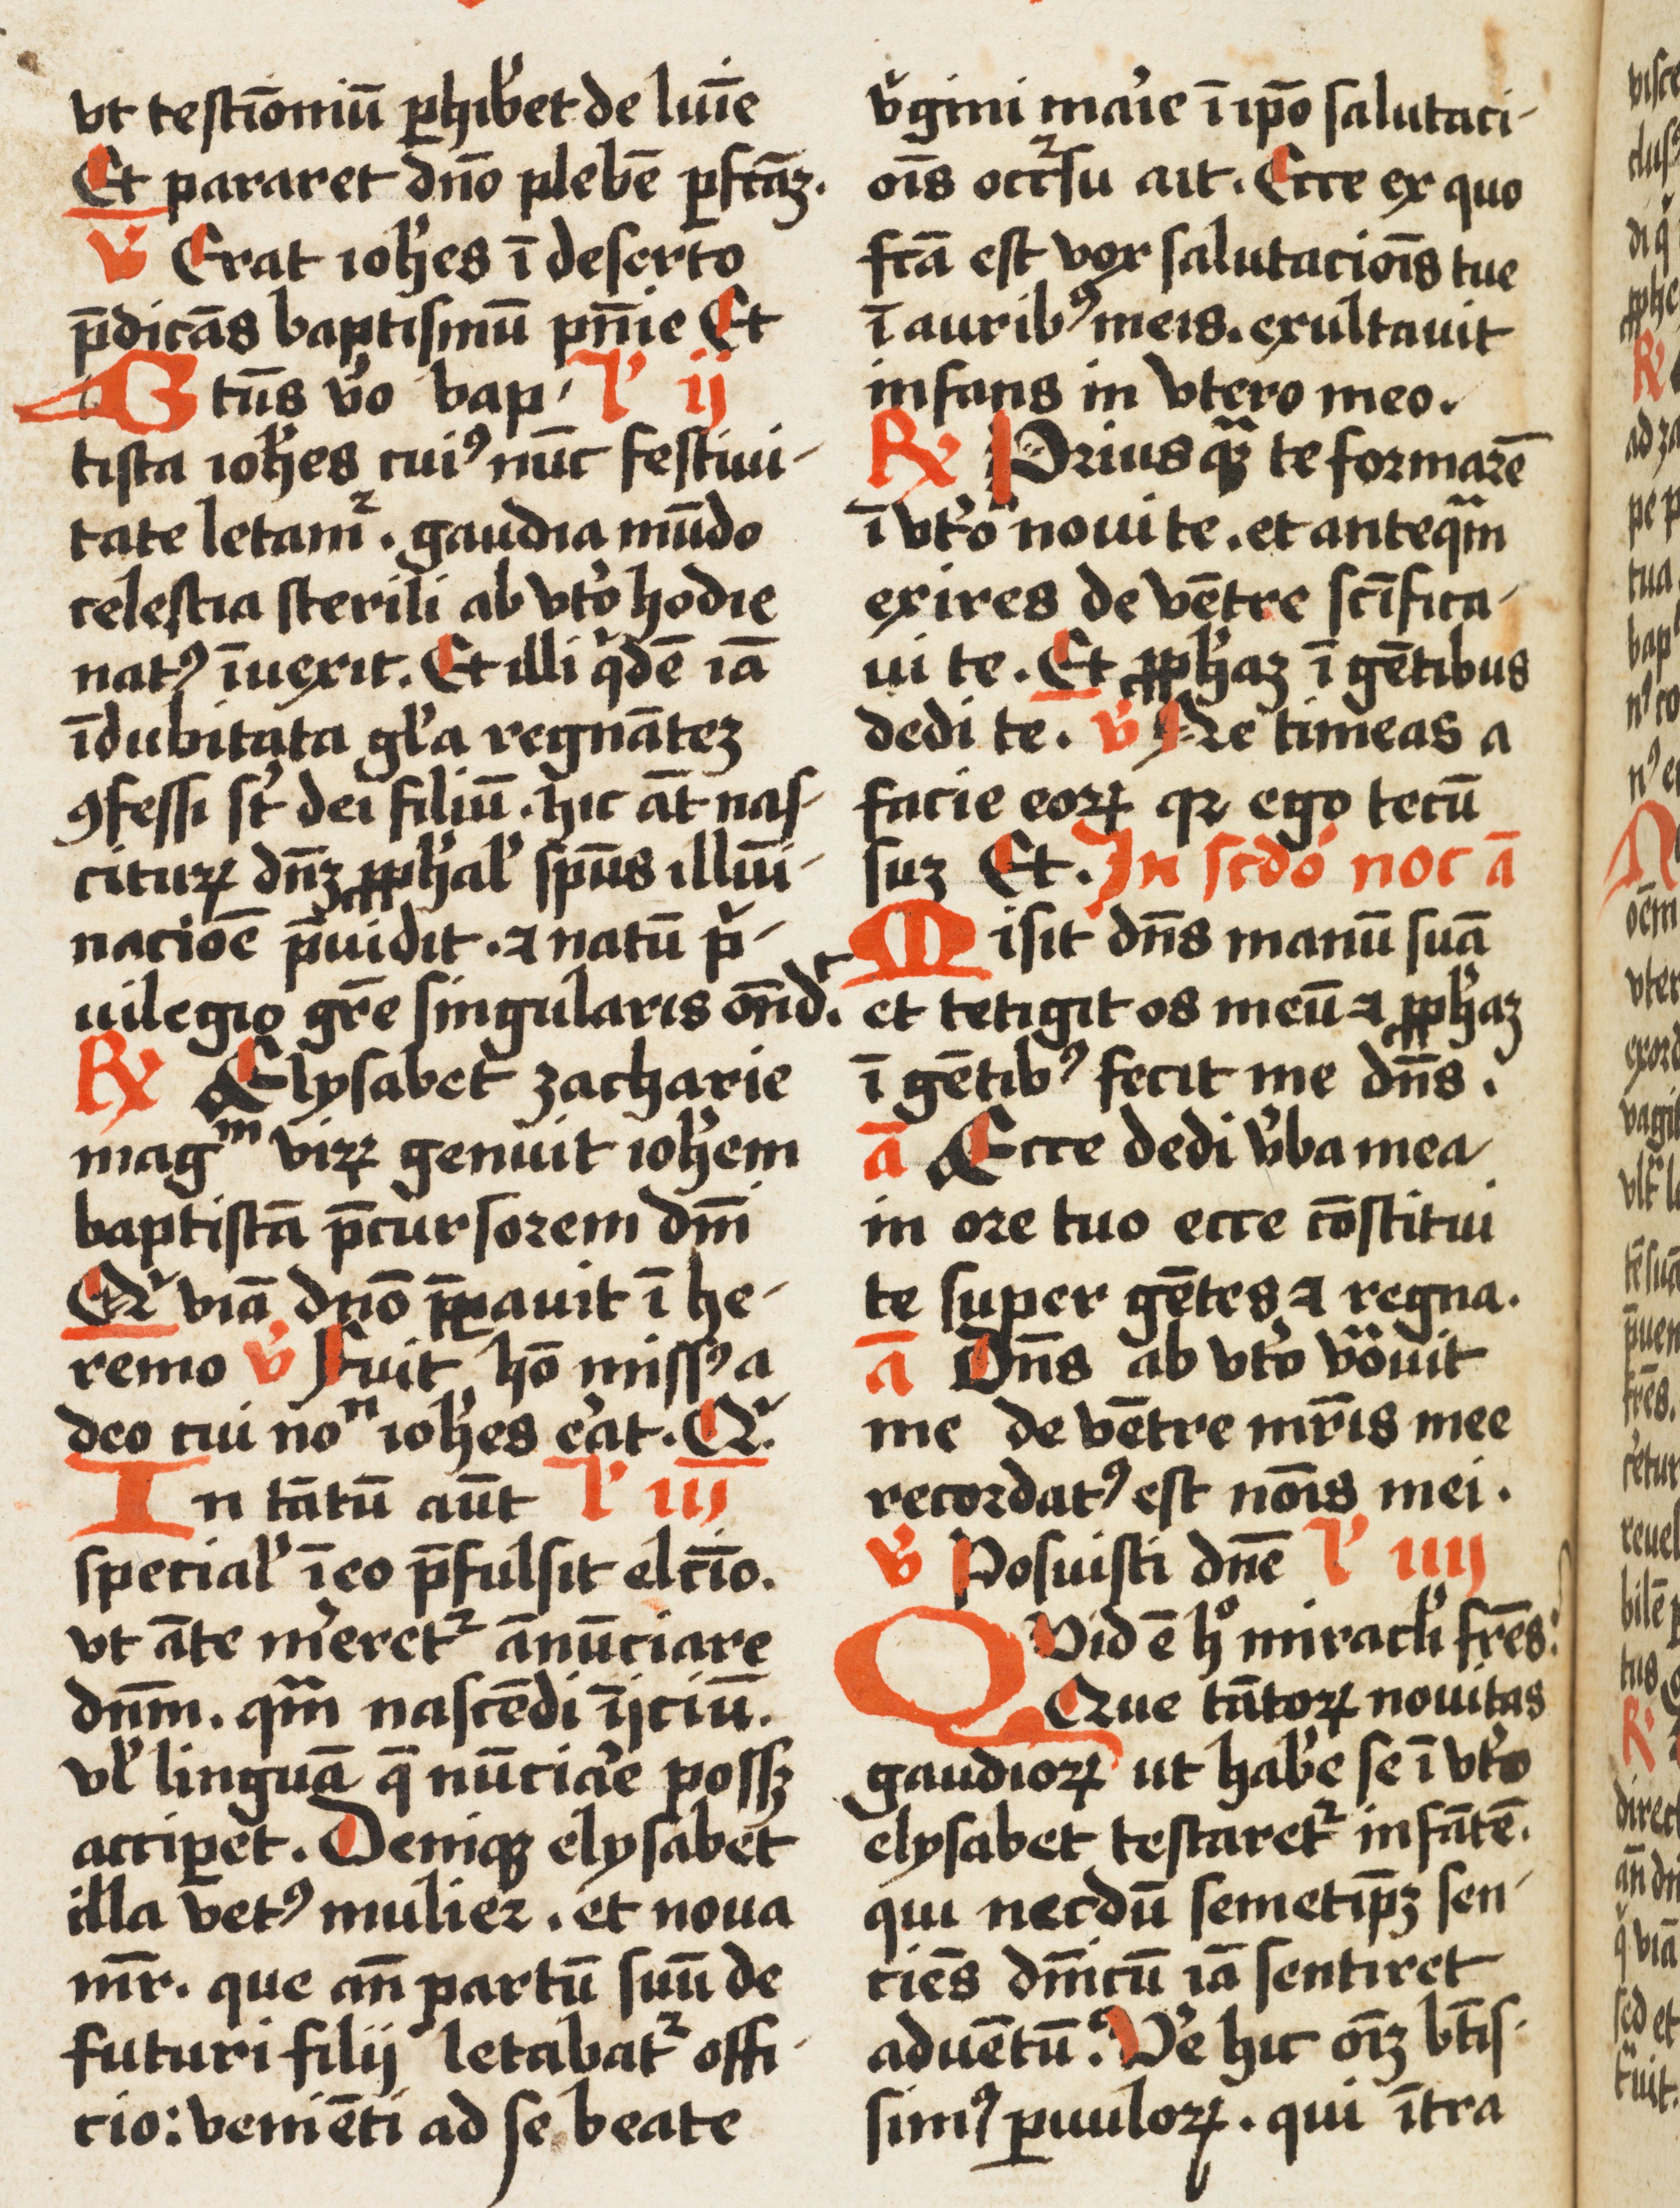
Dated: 1500–1524